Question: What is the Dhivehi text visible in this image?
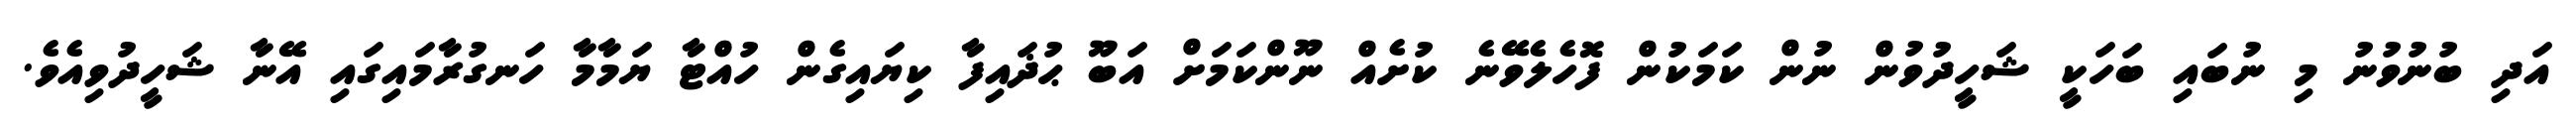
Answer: އަދި ބުނުވުނު މި ނުބައި ބަހަކީ ޝަހީދުވުން ނުން ކަމަކުން ފޮހެލެވޭނެ ކުށެއް ނޫންކަމަށް އަބޫ ޙުޛައިފާ ކިޔައިގެން ހުއްޓާ ޔަމާމާ ހަނގުރާމައިގައި އޭނާ ޝަހީދުވިއެވެ.